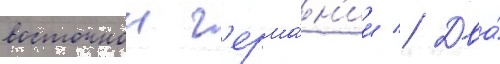
восточнои г'ерма́н'ии // Два́